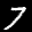
Label: 7